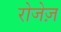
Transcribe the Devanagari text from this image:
रोजेज़